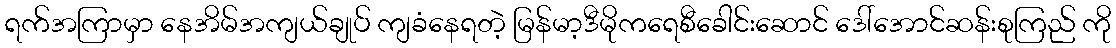
ရက်အကြာမှာ နေအိမ်အကျယ်ချုပ် ကျခံနေရတဲ့ မြန်မာ့ဒီမိုကရေစီခေါင်းဆောင် ဒေါ်အောင်ဆန်းစုကြည် ကို